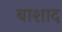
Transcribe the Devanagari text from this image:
बाशाद